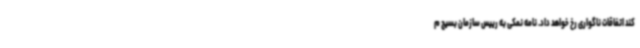
کند اتفاقات ناگواری رخ خواهد داد. نامه نمکی به رییس سازمان بسیج م